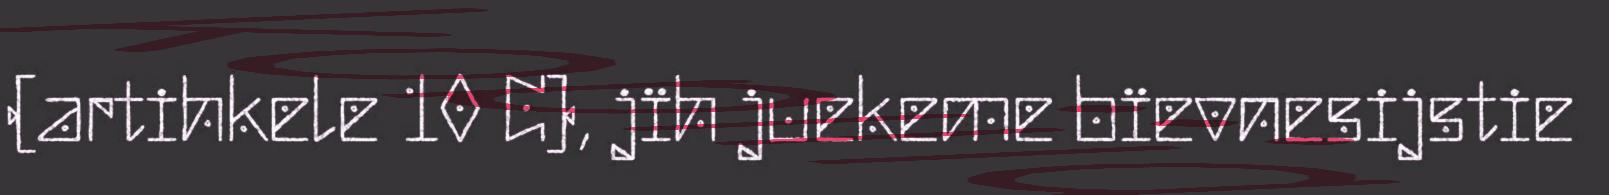
(artihkele 10 C), jïh juekeme bïevnesijstie